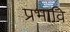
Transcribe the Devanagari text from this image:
प्रभावि